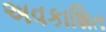
અવકાશિત